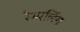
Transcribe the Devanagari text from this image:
रैम्पलिंग